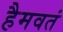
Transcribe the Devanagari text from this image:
हैमवतं